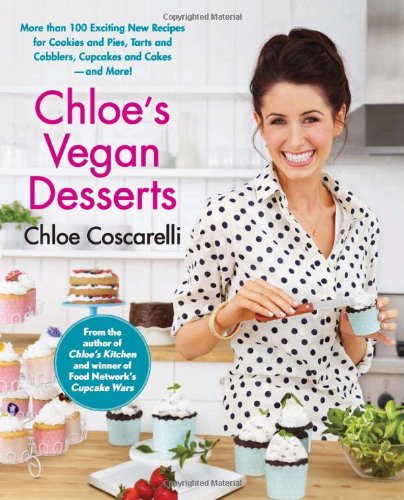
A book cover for Chloe's Vegan Desserts: More than 100 Exciting New Recipes for Cookies and Pies, Tarts and Cobblers, Cupcakes and Cakes--and More!; Chloe Coscarelli; Cookbooks, Food & Wine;